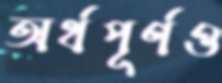
অর্থপূর্ণও